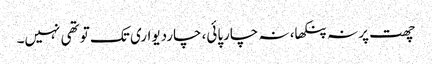
چھت پر نہ پنکھا، نہ چارپائی، چاردیواری تک تو تھی نہیں۔